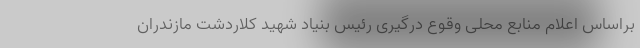
براساس اعلام منابع محلی وقوع درگیری رئیس بنیاد شهید کلاردشت مازندران